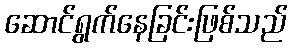
ဆောင်ရွက်နေခြင်းဖြစ်သည်